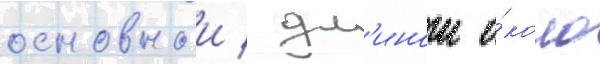
основнои / дл'инои о́коло